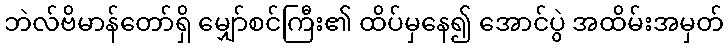
ဘဲလ်ဗိမာန်တော်ရှိ မျှော်စင်ကြီး၏ ထိပ်မှနေ၍ အောင်ပွဲ အထိမ်းအမှတ်